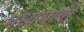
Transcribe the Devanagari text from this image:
मध्‍यभागी